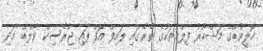
ހޮލީވުޑްގެ މަޝްހޫރު ފިލްމުތަކުގެ ތެރޭގައި ލައިފް އޮފް ޕައި ޖުރެސިކް ވާލްޑް އަދި